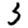
Digit: 3